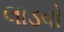
લાડવો